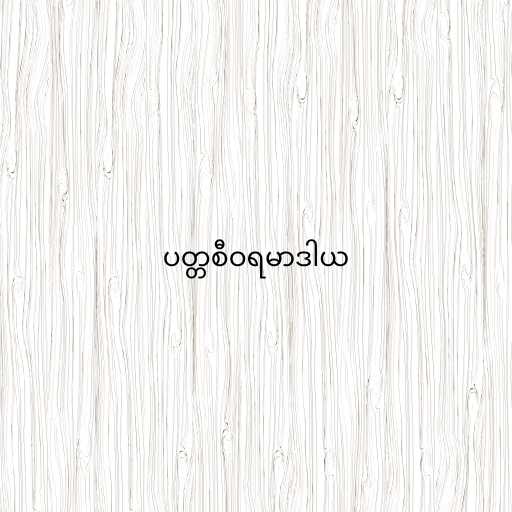
ပတ္တစီဝရမာဒါယ